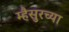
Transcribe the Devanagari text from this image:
म्हैसुरच्या